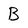
Character: B